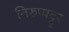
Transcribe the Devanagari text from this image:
तिरुप्पट्टूर